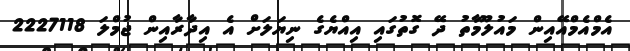
އެމްއެމްއޭއިން މައުލޫމާތު ދޭ ގޮތުގައި އިއްޔެގެ ނިޔަލަށް އެ އިދާރާއިން ޖުމްލަ 2227118